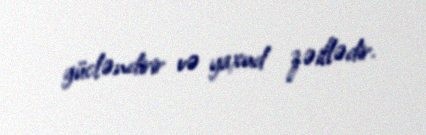
gücləndirir və yaxud zəiflədir.